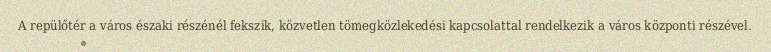
A repülőtér a város északi részénél fekszik, közvetlen tömegközlekedési kapcsolattal rendelkezik a város központi részével.